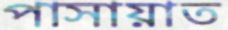
পাসায়াত